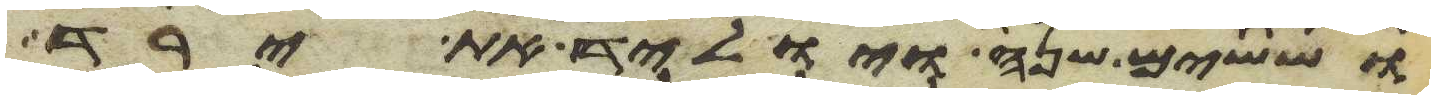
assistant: וששים שנה ויוליד את ירד